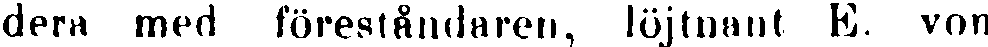
dera med föreståndaren, löjtnant E. von